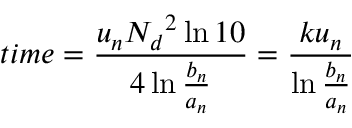
t i m e = { \frac { u _ { n } { N _ { d } } ^ { 2 } \ln 1 0 } { 4 \ln { \frac { b _ { n } } { a _ { n } } } } } = { \frac { k u _ { n } } { \ln { \frac { b _ { n } } { a _ { n } } } } }